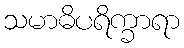
သမာဓိပရိက္ခာရာ